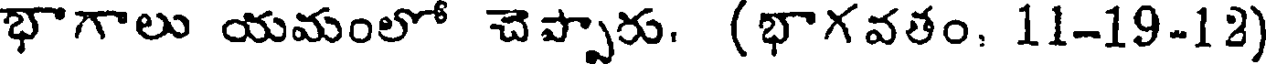
భాగాలు యమంలో చెప్పారు. (భాగవతం. 11-19-12)